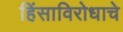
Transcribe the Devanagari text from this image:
हिंसाविरोधाचे